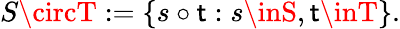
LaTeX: S\circT:=\{ s\circ\mathsf{t}:s\inS,\mathsf{t}\inT\} .